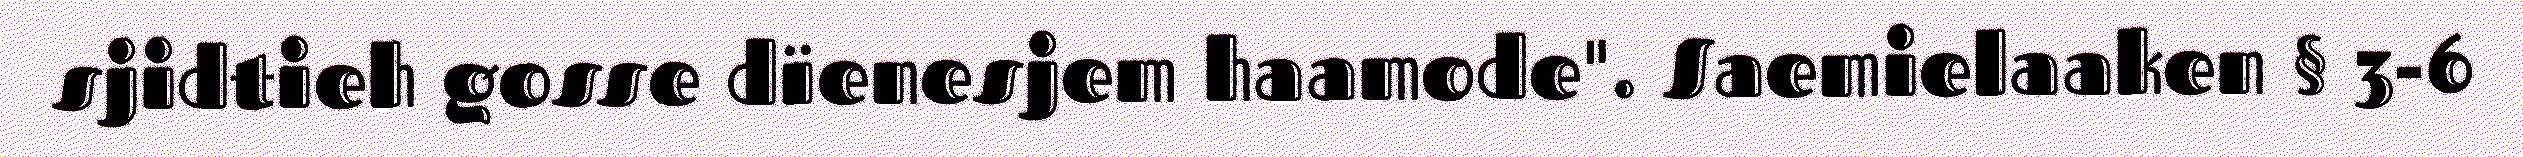
sjidtieh gosse dïenesjem haamode". Saemielaaken § 3-6